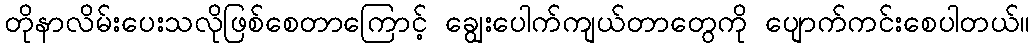
တိုနာလိမ်းပေးသလိုဖြစ်စေတာကြောင့် ချွေးပေါက်ကျယ်တာတွေကို ပျောက်ကင်းစေပါတယ်။